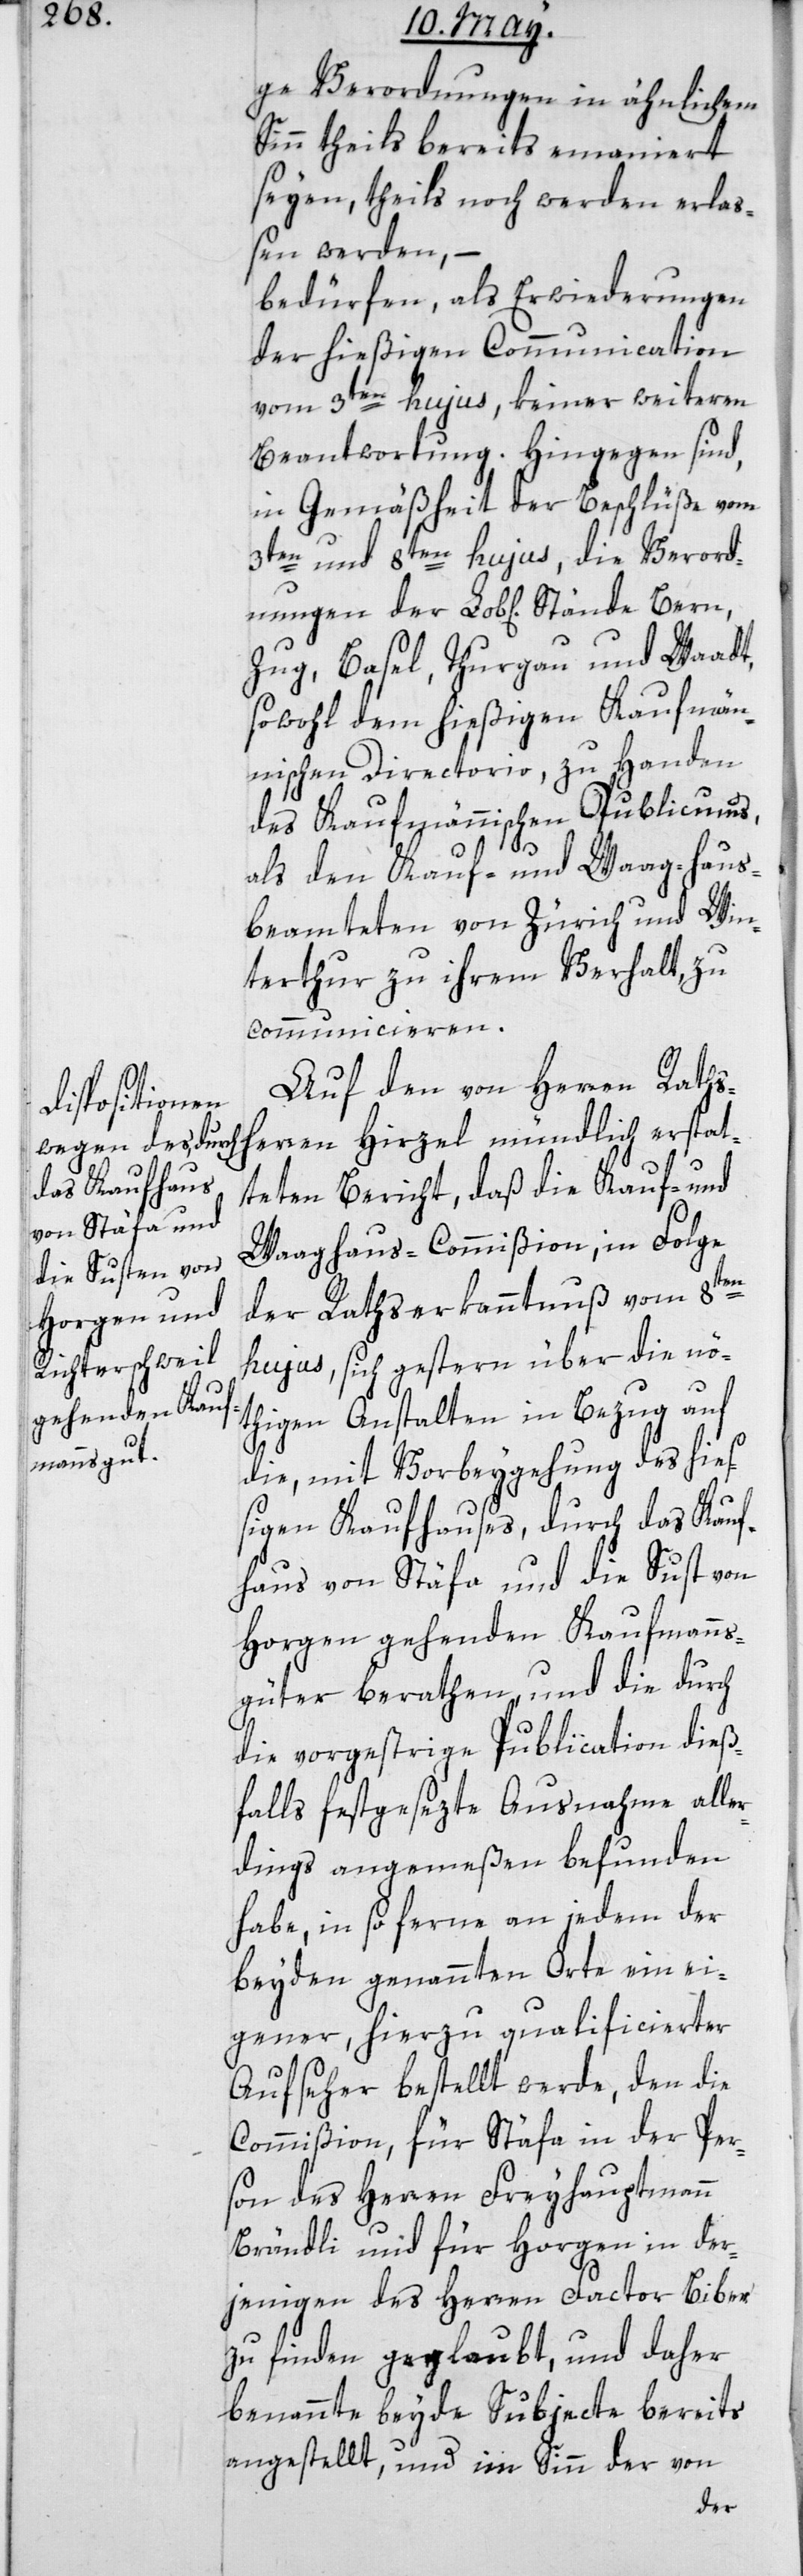
nungen

ge Verordnungen in ähnlichem
Sinn theils bereits emaniert
seyen, theils noch werden erla¬
ßen werden, –
bedürfen, als Erwiederungen
der hießigen Communication
vom 3ten hujus, keiner weiteren
Beantwortung. Hingegen sind,
in Gemäßheit der Beschlüße vom
3ten und 8ten hujus, die Verord¬
Zug, Basel, Thurgau und Waadt,
sowohl dem hießigen Kaufmän¬
nischen Directorio, zu Handen
des Kaufmännischen Publicums,
als den Kauf- und Waag-haus¬
beamteten von Zürich und Win¬
terthur zu ihrem Verhalt zu
communicieren.
Auf den von Herren Raths¬
herren Hirzel mündlich erstat¬
teten Bericht, daß die Kauf- und
Waaghaus-Commißion, in Folge
der Rathserkanntnuß vom 8ten
hujus, sich gestern über die nö¬
thigen Anstalten in Bezug auf
die, mit Vorbeygehung des hieß¬
igen Kaufhauses, durch das Kauf¬
haus von Stäfa und die Sust von
Horgen gehenden Kaufmanns¬
güter berathen, und die durch
die vorgestrige Publication dieß¬
falls festgesezte Ausnahme alle¬
rdings angemeßen befunden
habe, in so ferne an jedem der
beyden genannten Orte ein ei¬
gener, hierzu qualificierter
Aufseher bestellt werde, den die
Commißion, für Stäfa in der Per¬
son des Herren Freyhauptmann
Brändli, und für Horgen in der¬
jenigen des Herren Factor Biber
zu finden geglaubt, und daher
benannte beyde Subjecte bereits
angestellt, und im Sinn der von
der